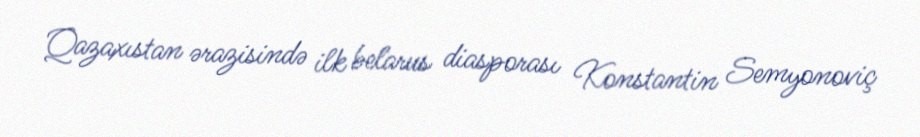
Qazaxıstan ərazisində ilk belarus diasporası Konstantin Semyonoviç